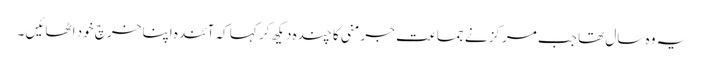
یہ وہ سال تھا جب مرکز نے جماعت جرمنی کا چندہ دیکھ کر کہا کہ آئندہ اپنا خرچ خود اٹھائیں ۔